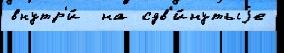
внутр'и́  на сдв'и́нутыjе